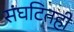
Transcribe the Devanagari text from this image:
संघटितही